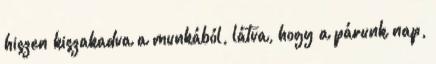
hiszen kiszakadva a munkából, látva, hogy a párunk nap,